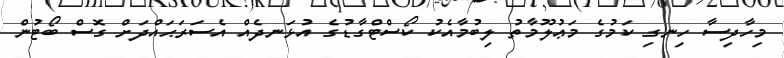
މިހާދިސާ ހިނގި ކަމުގެ މަޢުލޫމާތު ލިބުމާއެކު ކޯސްޓްގާޑުގެ އުޅަނދެއް އެސަރަޙައްދަށް ގޮސް ބޯޓުން